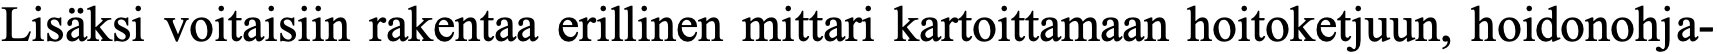
Lisäksi voitaisiin rakentaa erillinen mittari kartoittamaan hoitoketjuun, hoidonohja-